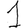
Digit: 1